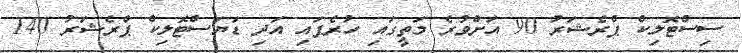
ސިސްޓޮލިކް ޕްރެޝަރު 90 އަށްވުރެ މަތީގައި ހުރެފައި އަދި ޑަޔަސްޓޮލިކް ޕްރެޝަރު 140